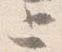
上